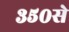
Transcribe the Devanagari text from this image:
३५०से